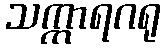
သက္ကာရဂရု